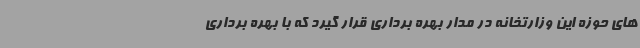
های حوزه این وزارتخانه در مدار بهره برداری قرار گیرد که با بهره برداری